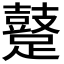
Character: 𨆊